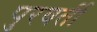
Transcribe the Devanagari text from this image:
पुरवर्ती